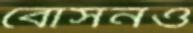
বোসনও